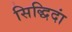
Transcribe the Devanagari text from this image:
सिद्धिदां